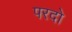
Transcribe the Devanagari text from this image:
परदो